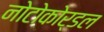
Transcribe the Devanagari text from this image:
नोटोकोर्डल